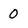
Character: 0